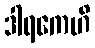
ဒါရကေဟိ